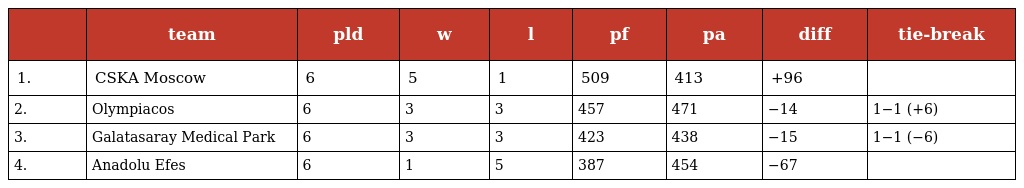
|  | team | pld | w | l | pf | pa | diff | tie-break |
 | --- | --- | --- | --- | --- | --- | --- | --- | --- |
 | 1. | CSKA Moscow | 6 | 5 | 1 | 509 | 413 | +96 |  |
 | 2. | Olympiacos | 6 | 3 | 3 | 457 | 471 | −14 | 1−1 (+6) |
 | 3. | Galatasaray Medical Park | 6 | 3 | 3 | 423 | 438 | −15 | 1−1 (−6) |
 | 4. | Anadolu Efes | 6 | 1 | 5 | 387 | 454 | −67 |  |